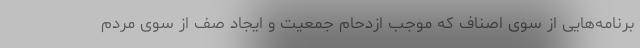
برنامه‌هایی از سوی اصناف که موجب ازدحام جمعیت و ایجاد صف از سوی مردم